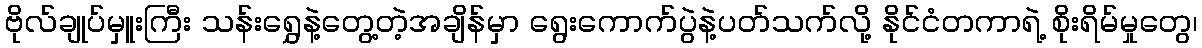
ဗိုလ်ချုပ်မှူးကြီး သန်းရွှေနဲ့တွေ့တဲ့အချိန်မှာ ရွေးကောက်ပွဲနဲ့ပတ်သက်လို့ နိုင်ငံတကာရဲ့ စိုးရိမ်မှုတွေ၊